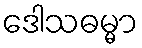
ဒေါသဓမ္မာ